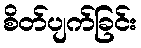
စိတ်ပျက်ခြင်း